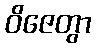
ဝိဇေတွာ